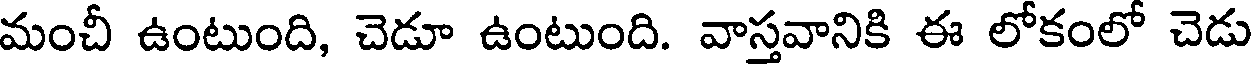
మంచీ ఉంటుంది, చెడూ ఉంటుంది. వాస్తవానికి ఈ లోకంలో చెడు